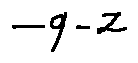
- q - z